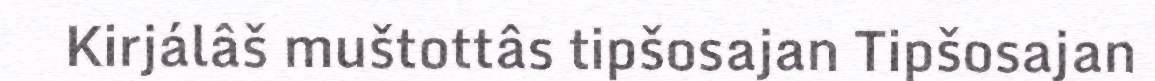
Kirjálâš muštottâs tipšosajan Tipšosajan